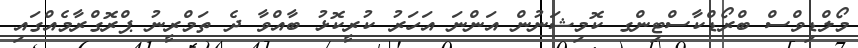
މޯލްޑިވްސް ބްރޯޑްކާސްޓިންގ ކޮމިޝަނުން އަންނަ އަހަރު ކުރީކޮޅު ބާއްވާ ދެ ތަމްރީނު ޕްރޮގްރާމެއްގައި